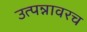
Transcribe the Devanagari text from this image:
उत्पन्नावरच